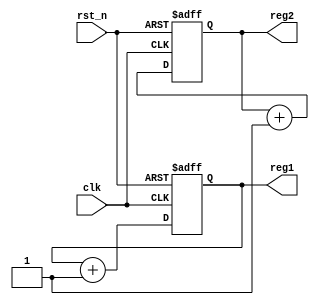
module ParameterFocusedInit #(
    parameter INIT_VALUE_1 = 8'h00,  // Default initialization value for register 1
    parameter INIT_VALUE_2 = 16'h0000 // Default initialization value for register 2
)(
    input wire clk,                   // Clock signal
    input wire rst_n,                 // Active low reset signal
    output reg [7:0] reg1,            // Internal register 1
    output reg [15:0] reg2             // Internal register 2
);

    // Initialization block
    always @(posedge clk or negedge rst_n) begin
        if (!rst_n) begin
            // Reset condition: initialize registers to parameter values
            reg1 <= INIT_VALUE_1;
            reg2 <= INIT_VALUE_2;
        end else begin
            // Core functionality can be implemented here
            // For demonstration, we will just increment reg1 and reg2
            reg1 <= reg1 + 1;
            reg2 <= reg2 + 1;
        end
    end

endmodule